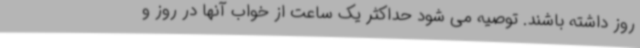
روز داشته باشند. توصیه می شود حداکثر یک ساعت از خواب آنها در روز و